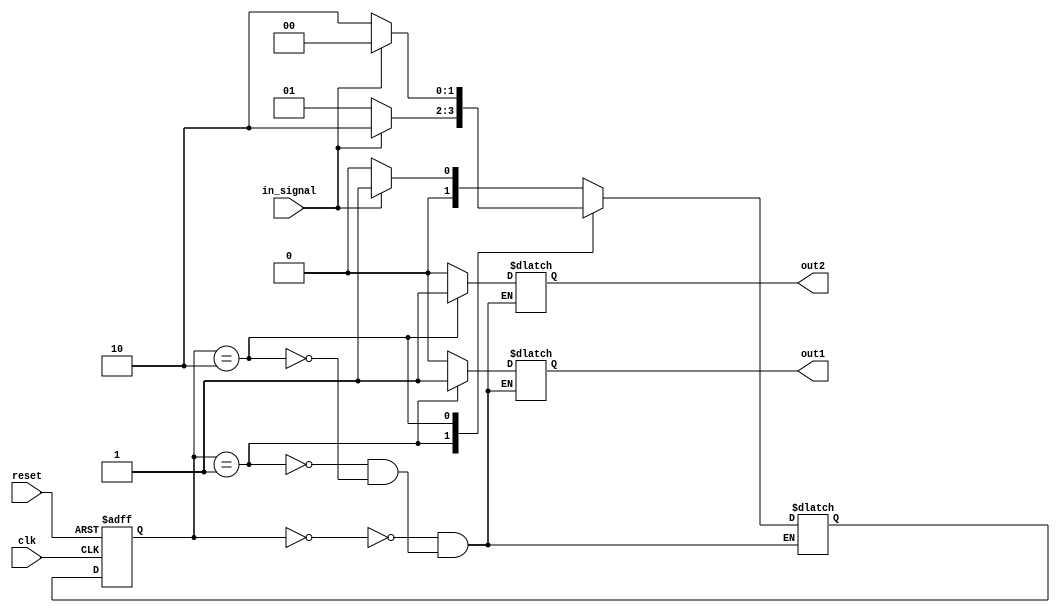
module moore_state_machine(
    input clk, // clock input
    input reset, // reset input
    input in_signal, // input signal
    output reg out1, // output 1
    output reg out2 // output 2
);

// Define states
parameter STATE_A = 2'b00;
parameter STATE_B = 2'b01;
parameter STATE_C = 2'b10;

// Define state register
reg [1:0] state, next_state;

// State transition and output logic
always @(posedge clk or posedge reset)
begin
    if(reset)
        state <= STATE_A;
    else
        state <= next_state;
end

// State transition logic
always @*
begin
    case(state)
        STATE_A:
            begin
                if(in_signal)
                    next_state = STATE_B;
                else
                    next_state = STATE_A;
            end
        
        STATE_B:
            begin
                if(in_signal)
                    next_state = STATE_C;
                else
                    next_state = STATE_B;
            end
            
        STATE_C:
            begin
                if(in_signal)
                    next_state = STATE_A;
                else
                    next_state = STATE_C;
            end
    endcase
end

// Output logic
always @*
begin
    case(state)
        STATE_A:
            begin
                out1 = 1'b0;
                out2 = 1'b0;
            end
        
        STATE_B:
            begin
                out1 = 1'b1;
                out2 = 1'b0;
            end
        
        STATE_C:
            begin
                out1 = 1'b0;
                out2 = 1'b1;
            end
    endcase
end

endmodule